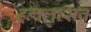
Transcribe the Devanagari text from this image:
इन्क्लुसिव